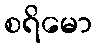
စရိမော